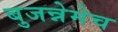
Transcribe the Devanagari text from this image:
बुजन्नेमेच